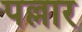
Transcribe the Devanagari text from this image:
पल्लार